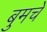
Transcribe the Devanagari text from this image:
बुमचे